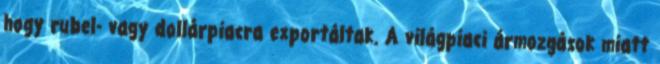
hogy rubel- vagy dollárpiacra exportáltak. A világpiaci ármozgások miatt